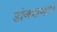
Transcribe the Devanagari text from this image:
डोक्यामागे